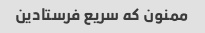
ممنون که سریع فرستادین